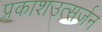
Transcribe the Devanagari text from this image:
प्रकाशउत्सर्जन